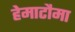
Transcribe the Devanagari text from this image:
हेमाटौमा